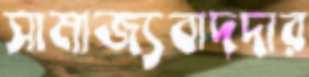
সামাজ্যবাদদার